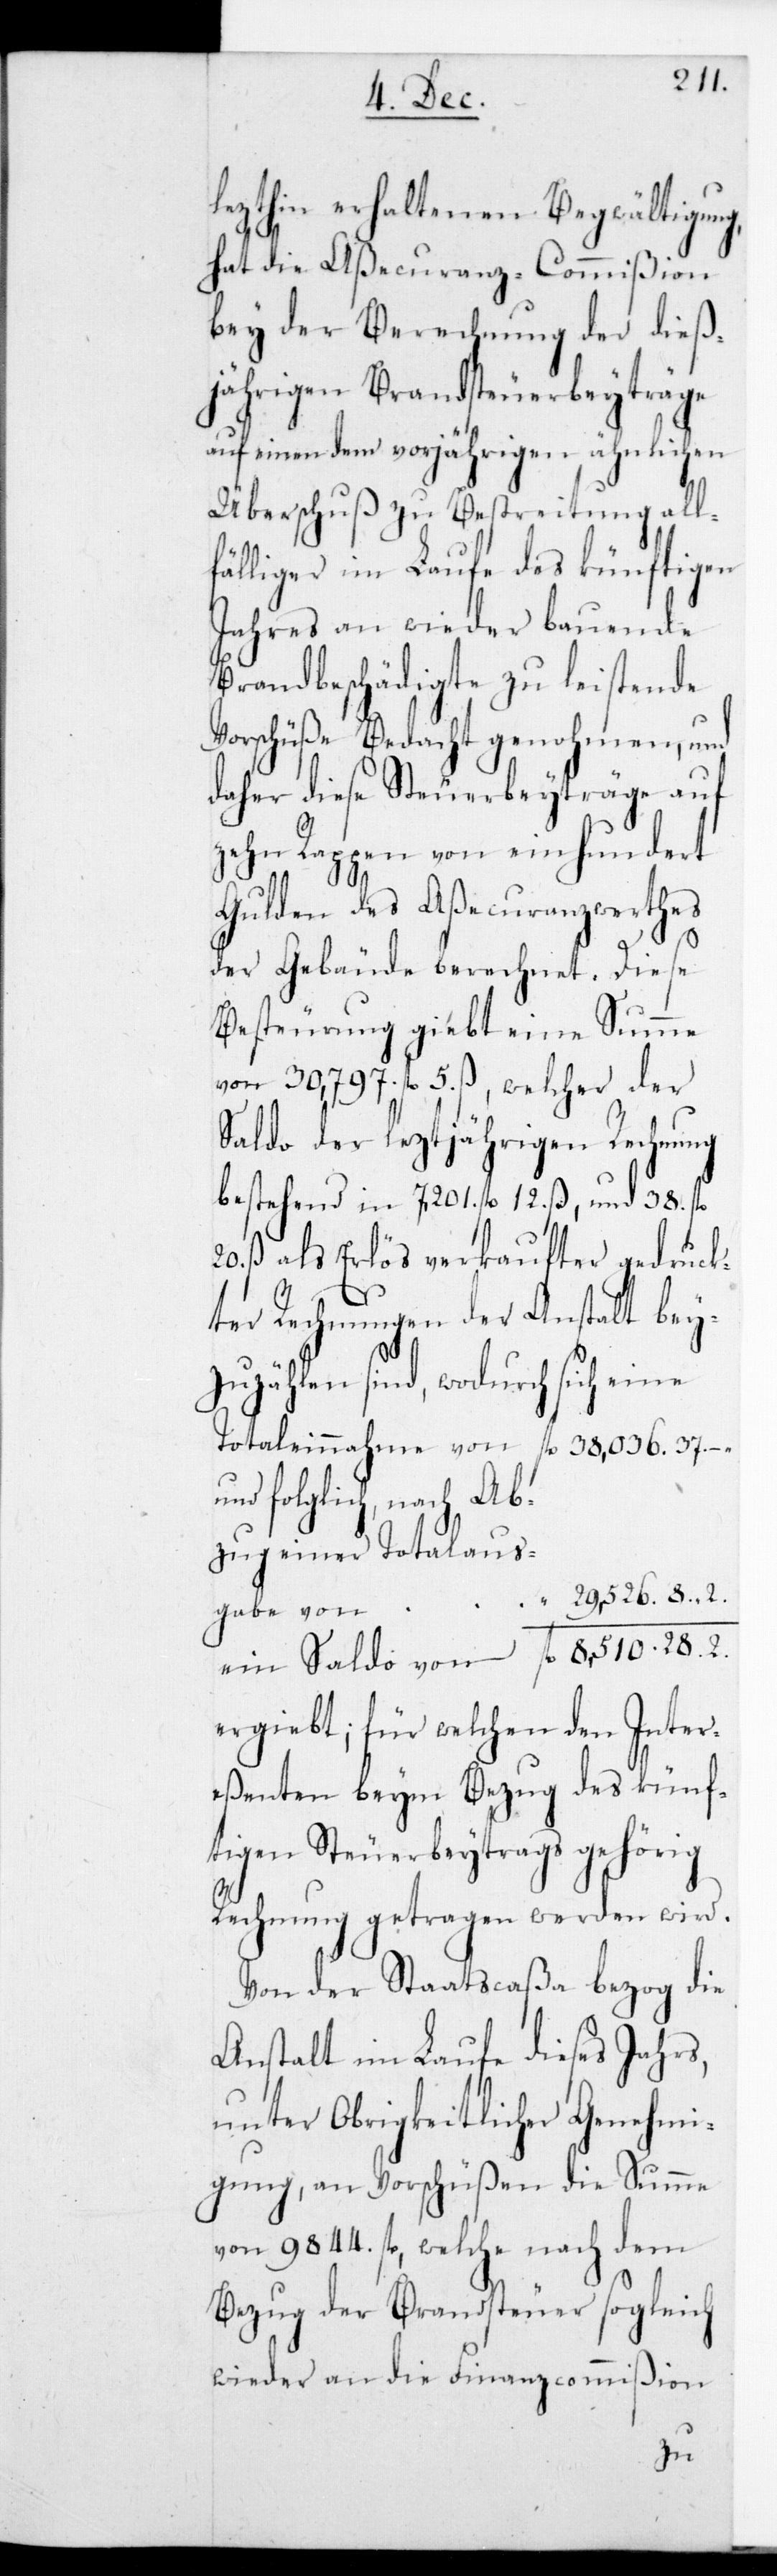
lezthin erhaltenen Begwältigung,
hat die Aßecuranz-Commißion
bey der Berechnung der dies¬
jährigen Brandsteuerbeiträge
auf einen dem vorjährigen ähnlichen
Überschuß zu Bestreitung all¬
fähliger im Laufe des künftigen
Jahres an wieder bauende
Brandbeschädigte zu leistende
Vorschüße Bedacht genohmen, und
daher diese Steuerbeiträge auf
zehn Rappen von einhundert
Gulden des Aßecuranzwertes
der Gebäude berechnet. Diese
Besteurung gibt eine Summe
von 30,797. fl. 5. ß, welcher der
Saldo der leztjährigen Rechnung
bestehend in 7,201. fl. 12. ß, und 38. fl.
20. ß als Erlös verkaufter gedruck¬
ter Rechnungen der Anstalt bei¬
zuzählen sind, wodurch sich eine
Totaleinnahme von 38,036. fl. 37.
folglich, nach Ab¬
zug einer Totalaus¬
ein Saldo von 			 8,510. fl. 28.
ergiebt, für welchen den Inter¬
eßenten beym Bezug des künf¬
tigen Steuerbeitrags gehörig
Rechnung getragen werden wird.
Von der Staatscaßa bezog die
Anstalt im Laufe dieses Jahrs,
unter obrigkeitlicher Genehmi¬
gung, an Vorschüßen die Summe
von 9,844. fl., welche nach dem
Bezug der Brandsteuer sogleich
wieder an die Finanzcommißion
gabe